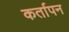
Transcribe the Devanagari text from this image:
कर्तापन